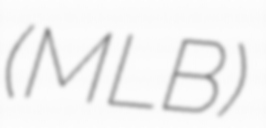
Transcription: (MLB)